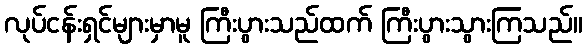
လုပ်ငန်းရှင်များမှာမူ ကြီးပွားသည်ထက် ကြီးပွားသွားကြသည်။